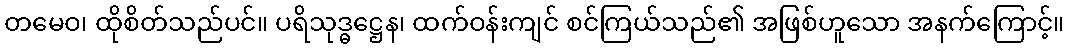
တမေဝ၊ ထိုစိတ်သည်ပင်။ ပရိသုဒ္ဓဋ္ဌေန၊ ထက်ဝန်းကျင် စင်ကြယ်သည်၏ အဖြစ်ဟူသော အနက်ကြောင့်။